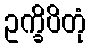
ဥက္ခိပိတုံ